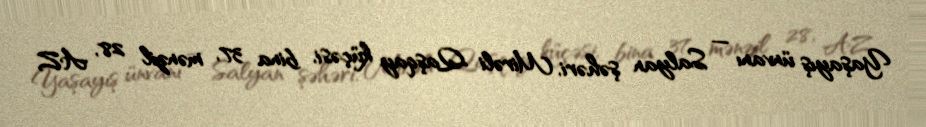
Yaşayış ünvanı — Salyan şəhəri, Mirəli Qaşqay küçəsi, bina 37, mənzil 28, AZ